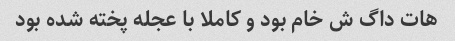
هات داگ ش خام بود و کاملا با عجله پخته شده بود